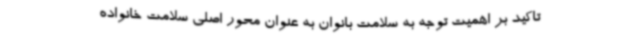
تاکید بر اهمیت توجه به سلامت بانوان به عنوان محور اصلی سلامت خانواده